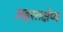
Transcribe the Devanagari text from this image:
अहस्तक्षेप्य